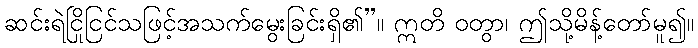
ဆင်းရဲငြိုငြင်သဖြင့်အသက်မွေးခြင်းရှိ၏”။ ဣတိ ဝတွာ၊ ဤသို့မိန့်တော်မူ၍။